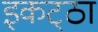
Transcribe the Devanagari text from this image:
इकट्‌ठा